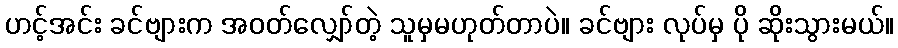
ဟင့်အင်း ခင်ဗျားက အဝတ်လျှော်တဲ့ သူမှမဟုတ်တာပဲ။ ခင်ဗျား လုပ်မှ ပို ဆိုးသွားမယ်။